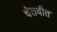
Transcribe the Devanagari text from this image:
चेतवीत